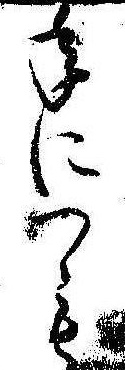
年につも